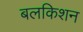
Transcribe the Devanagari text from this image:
बलकिशन